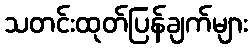
သတင်းထုတ်ပြန်ချက်များ